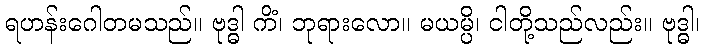
ရဟန်းဂေါတမသည်။ ဗုဒ္ဓါ ကိံ၊ ဘုရားလော။ မယမ္ပိ၊ ငါတို့သည်လည်း။ ဗုဒ္ဓါ၊